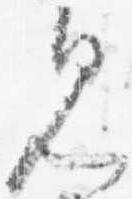
見